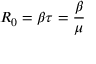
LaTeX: R _ { 0 } = \beta \tau = { \frac { \beta } { \mu } }